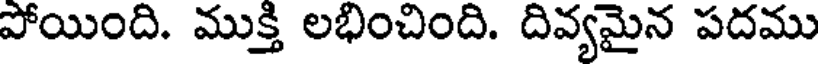
పోయింది. ముక్తి లభించింది. దివ్యమైన పదము